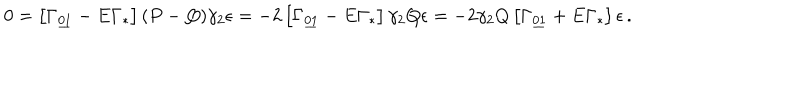
LaTeX: 0 = \left[ \Gamma _ { \underline { { { 0 1 } } } } - E \Gamma _ { * } \right] ( P - Q ) \gamma _ { 2 } \epsilon = - 2 \left[ \Gamma _ { \underline { { { 0 1 } } } } - E \Gamma _ { * } \right] \gamma _ { 2 } Q \epsilon = - 2 \gamma _ { 2 } Q \left[ \Gamma _ { \underline { { { 0 1 } } } } + E \Gamma _ { * } \right] \epsilon \, .